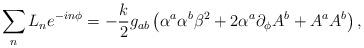
LaTeX: \begin{align*} \sum_n L_n e^{-in\phi} = -{k\over 2}g_{ab}\left(\alpha^a\alpha^b \beta^2 + 2\alpha^a\partial_\phi A^b + A^a A^b\right),\end{align*}